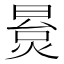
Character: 㬃